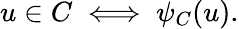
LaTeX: u\in C\iff\psi_{C}(u).